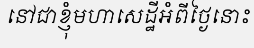
នៅជាខ្ញុំមហាសេដ្ឋីអំពីថ្ងៃនោះ